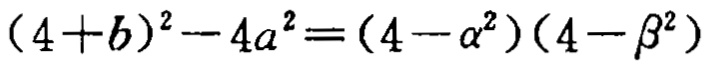
\((4 + b)^{2}-4a^{2}=(4 - \alpha^{2})(4 - \beta^{2})\)